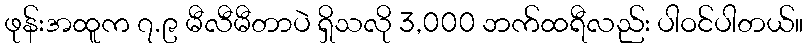
ဖုန်းအထူက ၇.၉ မီလီမီတာပဲ ရှိသလို 3,000 ဘက်ထရီလည်း ပါဝင်ပါတယ်။